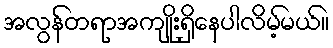
အလွန်တရာအကျိုးရှိနေပါလိမ့်မယ်။